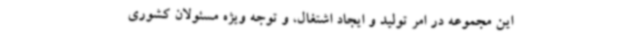
این مجموعه در امر تولید و ایجاد اشتغال، و توجه ویژه مسئولان کشوری